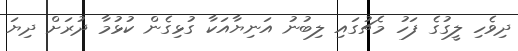
ދިވެހި ލީގުގެ ފަހު މެޗުގައި ލިބުނު އަނިޔާއަކާ ގުޅިގެން ކުޅުމާ ދުރަށް ދިޔަ